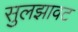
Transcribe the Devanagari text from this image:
सुलझावट